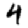
Digit: 4